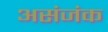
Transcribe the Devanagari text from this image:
असंजंक